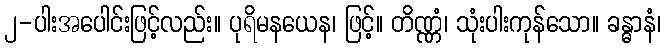
၂-ပါးအပေါင်းဖြင့်လည်း။ ပုရိမနယေန၊ ဖြင့်။ တိဏ္ဏံ၊ သုံးပါးကုန်သော။ ခန္ဓာနံ၊